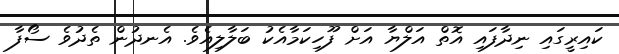
ކައިރީގައި ނިދާފައި އޮތް އަލްޔާ އަށް ފޫހިކަމާއެކު ބަލާލިއެވެ. އެނދުން ތެދުވެ ސޯފާ